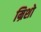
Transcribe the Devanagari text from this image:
म्रिशो